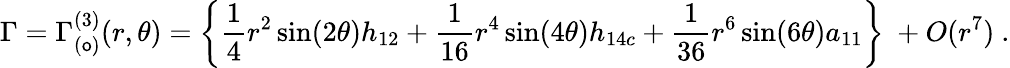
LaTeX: \Gamma=\Gamma_{(\mathsf{o})}^{(3)}(r,\theta)=\left\{ \frac{{1}}{{4}}r^{2}\sin(2\theta)h_{12}+\frac{{1}}{{16}}r^{4}\sin(4\theta)h_{14c}+\frac{{1}}{{36}}r^{6}\sin(6\theta)a_{11}\right\} \ +O(r^{7})\ .